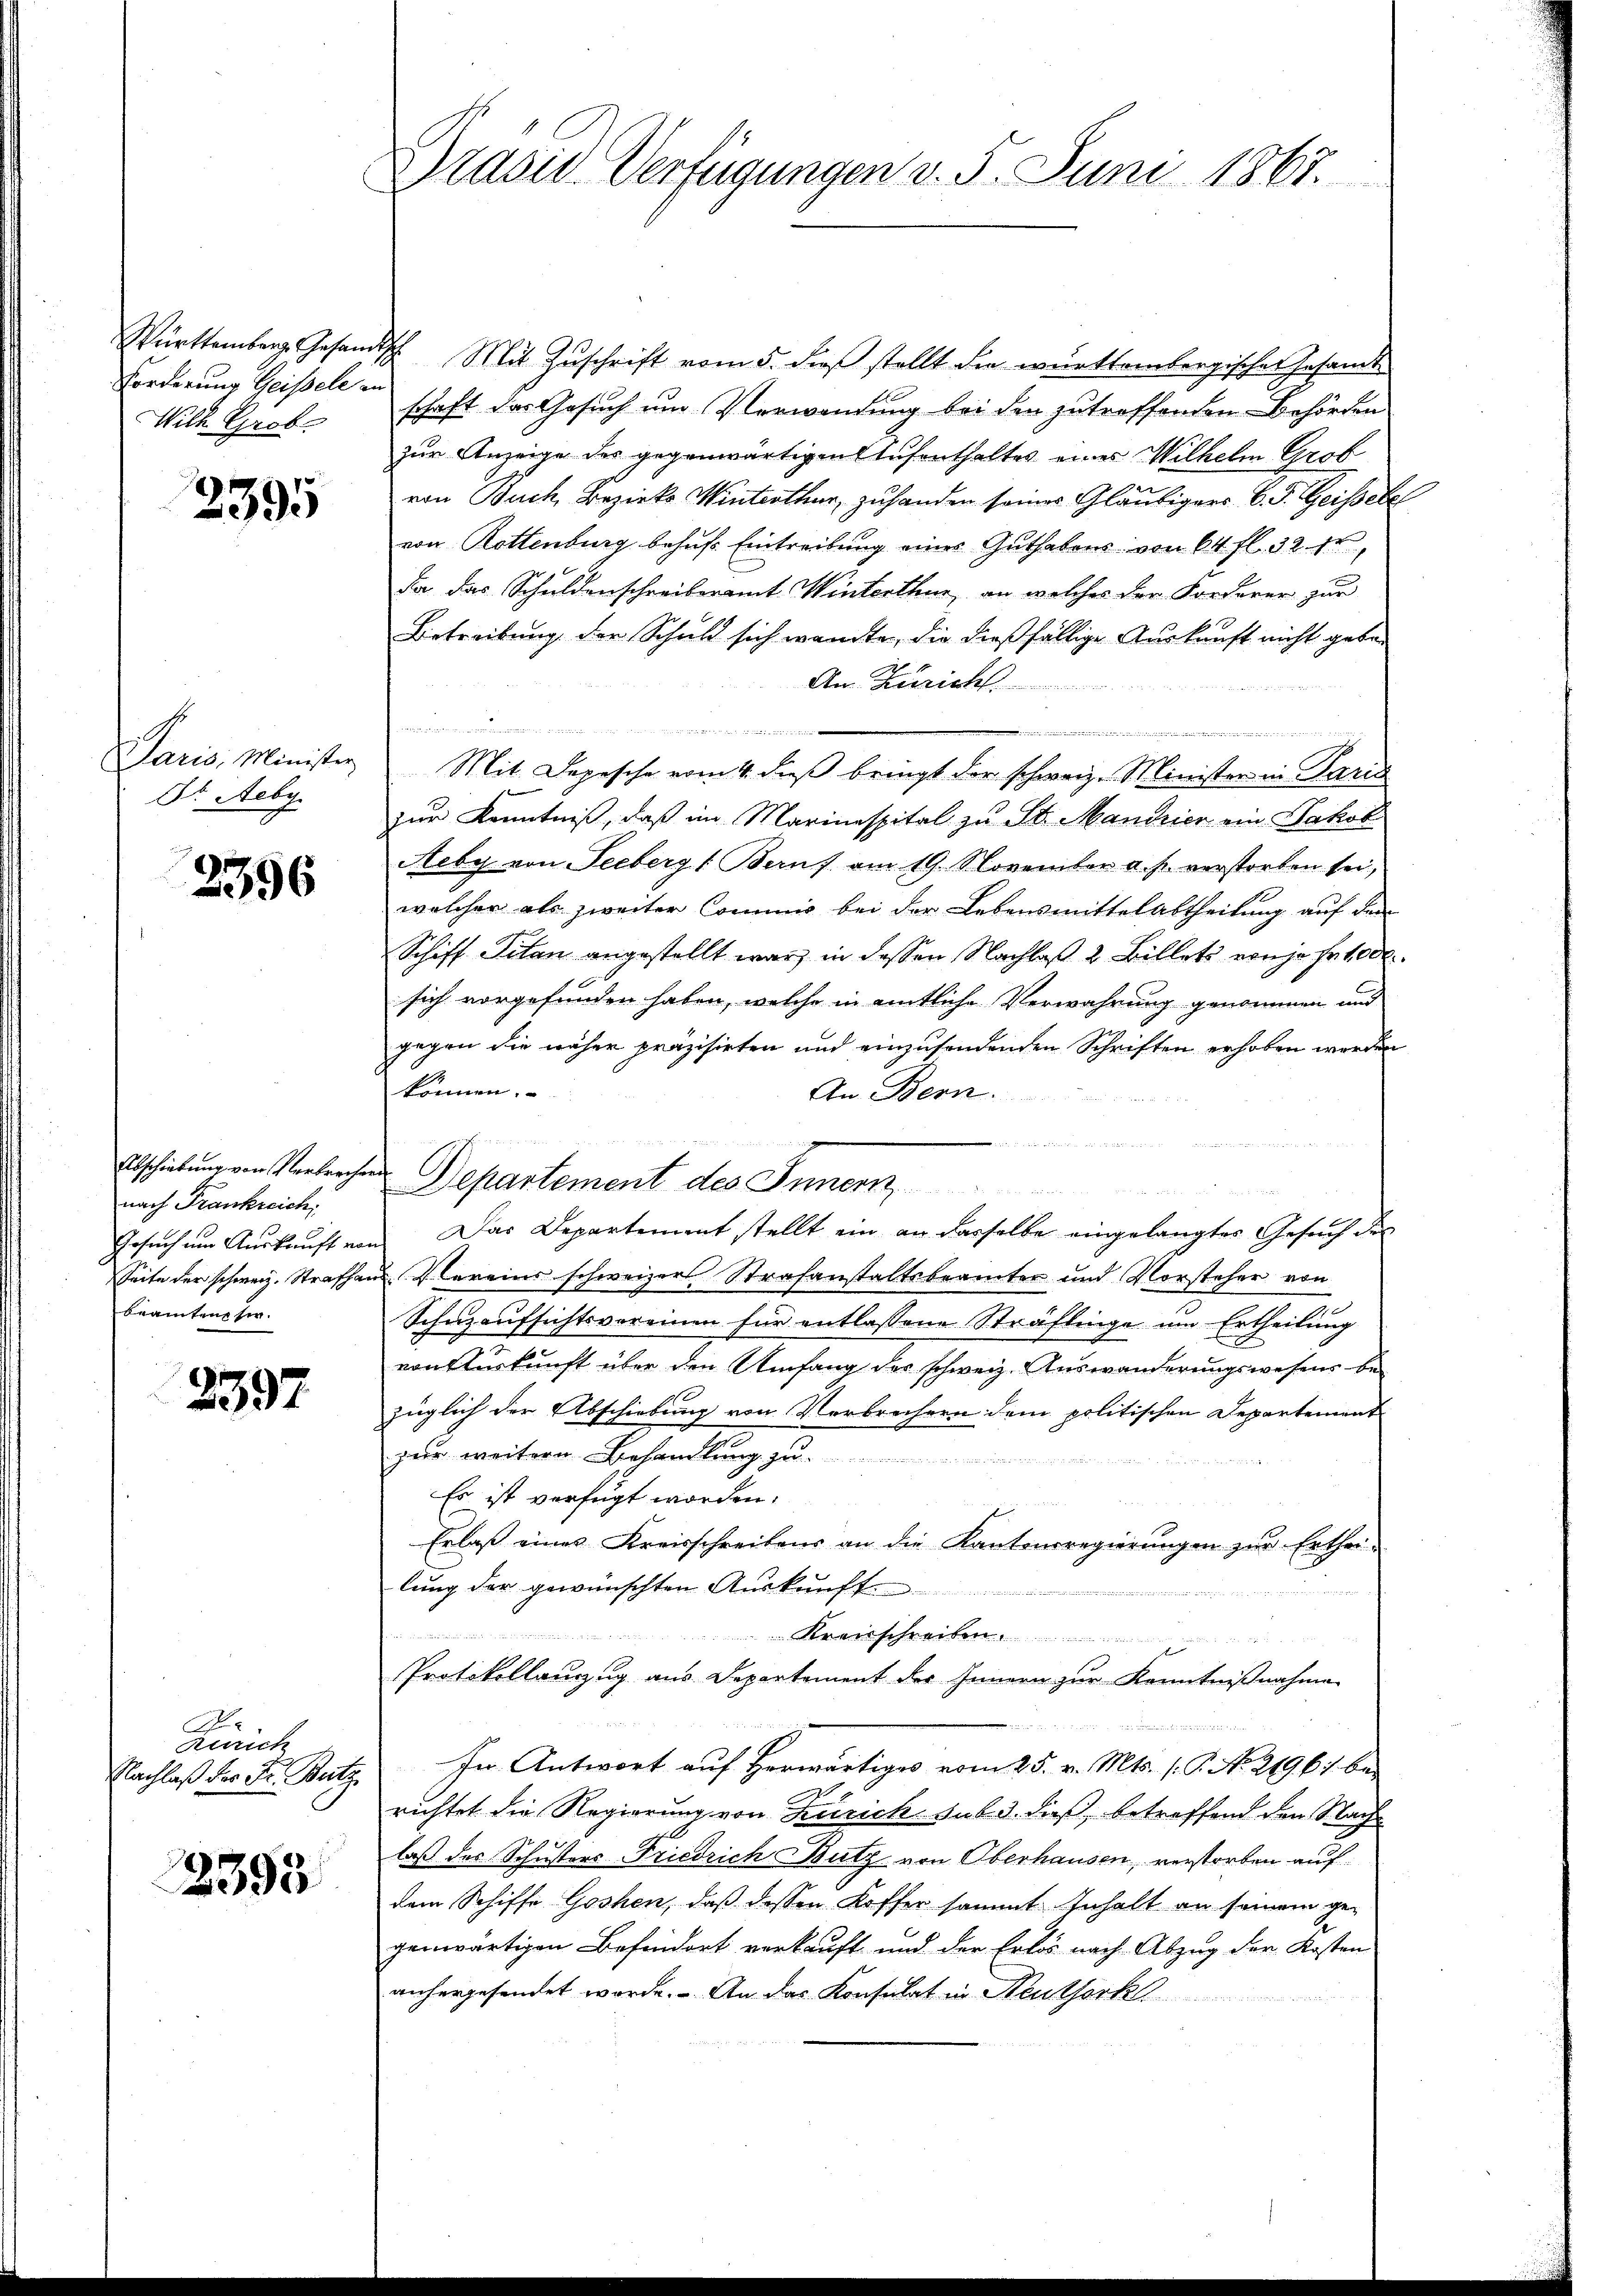
Forderung Geisele an
With Grob

2395

Paris, Ministr
Dr. Aeby.

2396

Abschiebung von Verbreche
nach Frankreich,
Seite der schweiz. Strafha
Beamten sie.

2397

A
Zürich
Nachlaß der Fr. Bütz

3393

Brasis Verfügungen v. 5. Juni 1867.

Württemberg Gesandtsch Mit Zŭschrift vom 5. dβ stellt die württembergisches Gesamt-
schaft das Gesuch um Verwendung bei den zutreffenden Behörden
zur Anzeige des gegenwärtigen Aufenthaltes eines Wilhelm Grob
von Buch, Bezirks Winterthur, zu handen seines Gläubigers C. F. Geisebe
von Rottenburg behufs Eintreibung eines Guthabens von 64 fl. 32 fr
Da das Schuldenschreiberamt Winterthur, an welches der Forderer zur
Betreibung der Schuld sich wandte, die dießfällige Auskunft nicht geben
An Züricht.
.
Mit Depesche vom 4. dieß bringt der schweiz. Minister in Paris
zur Kenntniß, daß im Marinespital zu St. Mandrier ein Jakob
Aeby von Seebergs Beruf am 19. November a. p. verstorben sei,
welcher als zweiter Commis bei der Lebensmittelabtheilung auf den
Schiff Pilan angestellt war in dessen Nachlaß 2 Billets von je Fr. 100 l.
sich vorgefunden haben, welche in amtliche Verwahrung genommen und
gegen die näher präzisirten und einzusendenden Schriften erhoben werden
können.
An Bern.
e
i
Departement des Innern,

Gesuch um Auskauft von Das Departement stellt ein an dasselbe eingelangter Gesuch des
us. Vereins schweizer Strafanstaltsbeamter und Vorsteher von
Schuzaufsichtsvereinen für entlassene Sträflinge um Ertheilung
von Auskunft über den Umfang des schweiz. Auswanderungswesens be
züglich der Abschiebung von Verbrechern dem politischen Departement
zur weitern Behandlung zu
Es ist verfügt worden.
Erlaß eines Kreisschreibens an die Kantonsregierungen zur Erthei-
lung der gewünschten Auskunft
Kreisschreiben ..............
Protokollanzug aus Departement des Innern zur Kenntnißnahme
In Antwort auf Herwärtiges vom 25. v. Mts. (T. No. 21967 bei
richtet die Regierung von Zürich sub 3. dieß, betreffend den Nachlaß des Schusters Friedrich Butz von Oberhausen, verstorben auf
dem Schiffe Goshen, daß dessen Koffer sammt Inhalt an seinem gegenwärtigen Befindert verkauft und der Erlös nach Abzug der Kosten
anhergesendet worde. An das Konsulat in Neuthörk